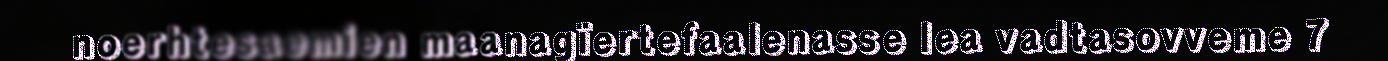
noerhtesaemien maanagïertefaalenasse lea vadtasovveme 7